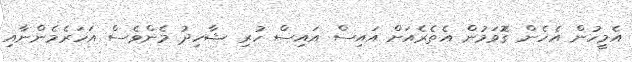
އެމީހުން އެހެން ގޮވަމުން އެތެރެއަށް އައިސް އައިސް ހުރި ޝާހިދު މެންވެސް އަހަރެމެންނާއި